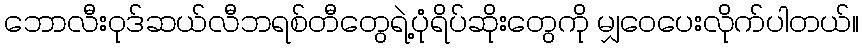
ဘောလီးဝုဒ်ဆယ်လီဘရစ်တီတွေရဲ့ပုံရိပ်ဆိုးတွေကို မျှဝေပေးလိုက်ပါတယ်။